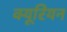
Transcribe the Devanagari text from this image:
क्यूरियन